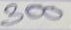
300